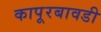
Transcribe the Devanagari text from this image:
कापूरबावडी